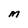
Character: M